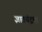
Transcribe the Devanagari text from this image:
ज्ञातचंद्रमा